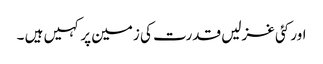
اور کئی غزلیں قدرت کی زمین پر کہیں ہیں ۔